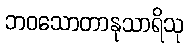
ဘဝသောတာနုသာရိသု